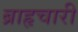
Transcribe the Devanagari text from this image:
ब्राहृचारी